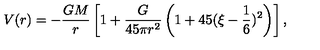
V ( r ) = - \frac { G M } { r } \left[ 1 + \frac { G } { 4 5 \pi r ^ { 2 } } \left( 1 + 4 5 ( \xi - \frac { 1 } { 6 } ) ^ { 2 } \right) \right] ,